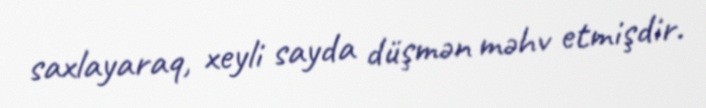
saxlayaraq, xeyli sayda düşmən məhv etmişdir.